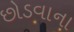
છોડવાના